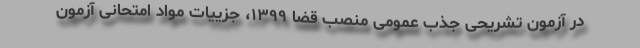
در آزمون تشریحی جذب عمومی منصب قضا ۱۳۹۹، جزییات مواد امتحانی آزمون